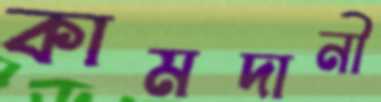
কামদানী